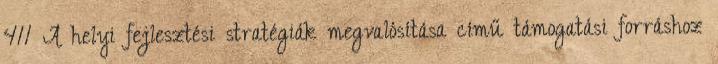
411 A helyi fejlesztési stratégiák megvalósítása című támogatási forráshoz